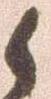
候